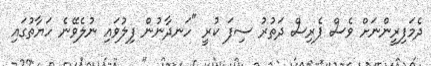
ދެމަފިރީންނަށް ވެސް ޕެރިސް ދަތުރު ސިފަ ކުރީ "ހަނދާނުން ފިލުވައި ނުލެވޭނެ ހަޔާތުގައި